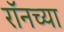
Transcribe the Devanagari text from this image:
रॉनच्या